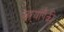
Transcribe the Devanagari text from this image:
झऱ्यांपैकी